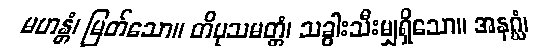
မဟန္တံ၊ မြတ်သော။ တိပုသမတ္တံ၊ သခွါးသီးမျှရှိသော။ အနဂ္ဃံ၊